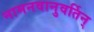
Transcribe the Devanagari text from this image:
नामनवानुवर्तिन्